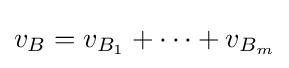
v_{B}=v_{B_{1}}+\cdots +v_{B_{m}}